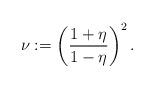
LaTeX: \begin{align*} \nu := \left( \frac{1+ \eta}{1-\eta} \right)^2.\end{align*}